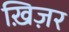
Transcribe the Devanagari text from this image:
ख़िज़र